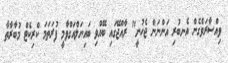
ވިއްސާރަވެގެން އެނބުރި އަންނަން ޖެހުނީ" ރާއްޖޭގައި ބޭއްވި ބައިނަލްއަގްވާމީ ފުރަތަމަ ކްރިކެޓް މުބާރާތާ